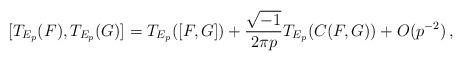
LaTeX: \begin{align*}[T_{E_p}(F),T_{E_p}(G)]=T_{E_p}([F,G])+\frac{\sqrt{-1}}{2\pi p}T_{E_p}(C(F,G))+O(p^{-2})\,,\end{align*}